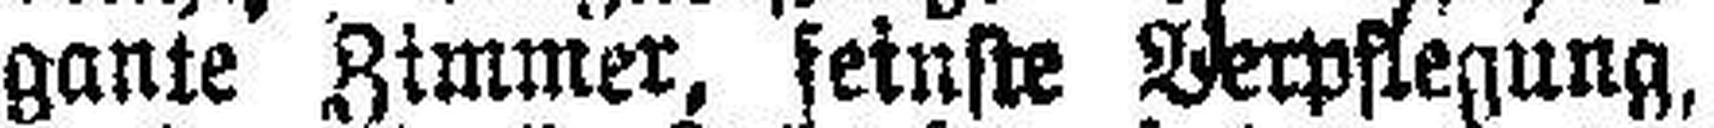
gante Zimmer, feinste Verpflegung,